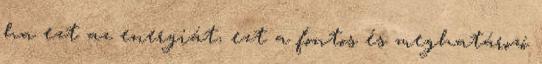
ha ezt az energiát, ezt a fontos és meghatározó